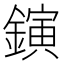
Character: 鏔